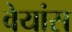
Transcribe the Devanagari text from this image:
वेयांस